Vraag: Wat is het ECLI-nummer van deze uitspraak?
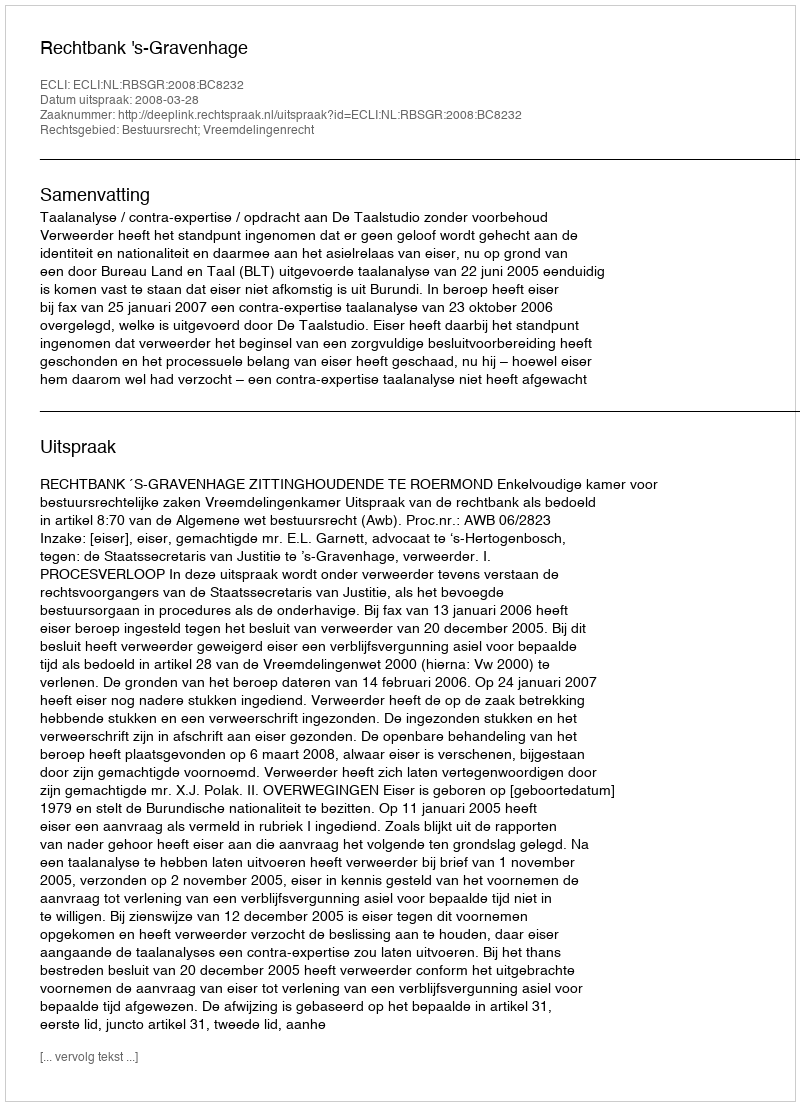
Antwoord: ECLI:NL:RBSGR:2008:BC8232